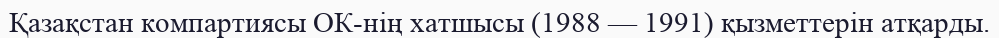
Қазақстан компартиясы ОК-нің хатшысы (1988 — 1991) қызметтерін атқарды.